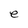
Character: e